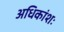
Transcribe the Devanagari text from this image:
अधिकांशः